Vabadussoja_Ajaloo_Komitee, lk 4
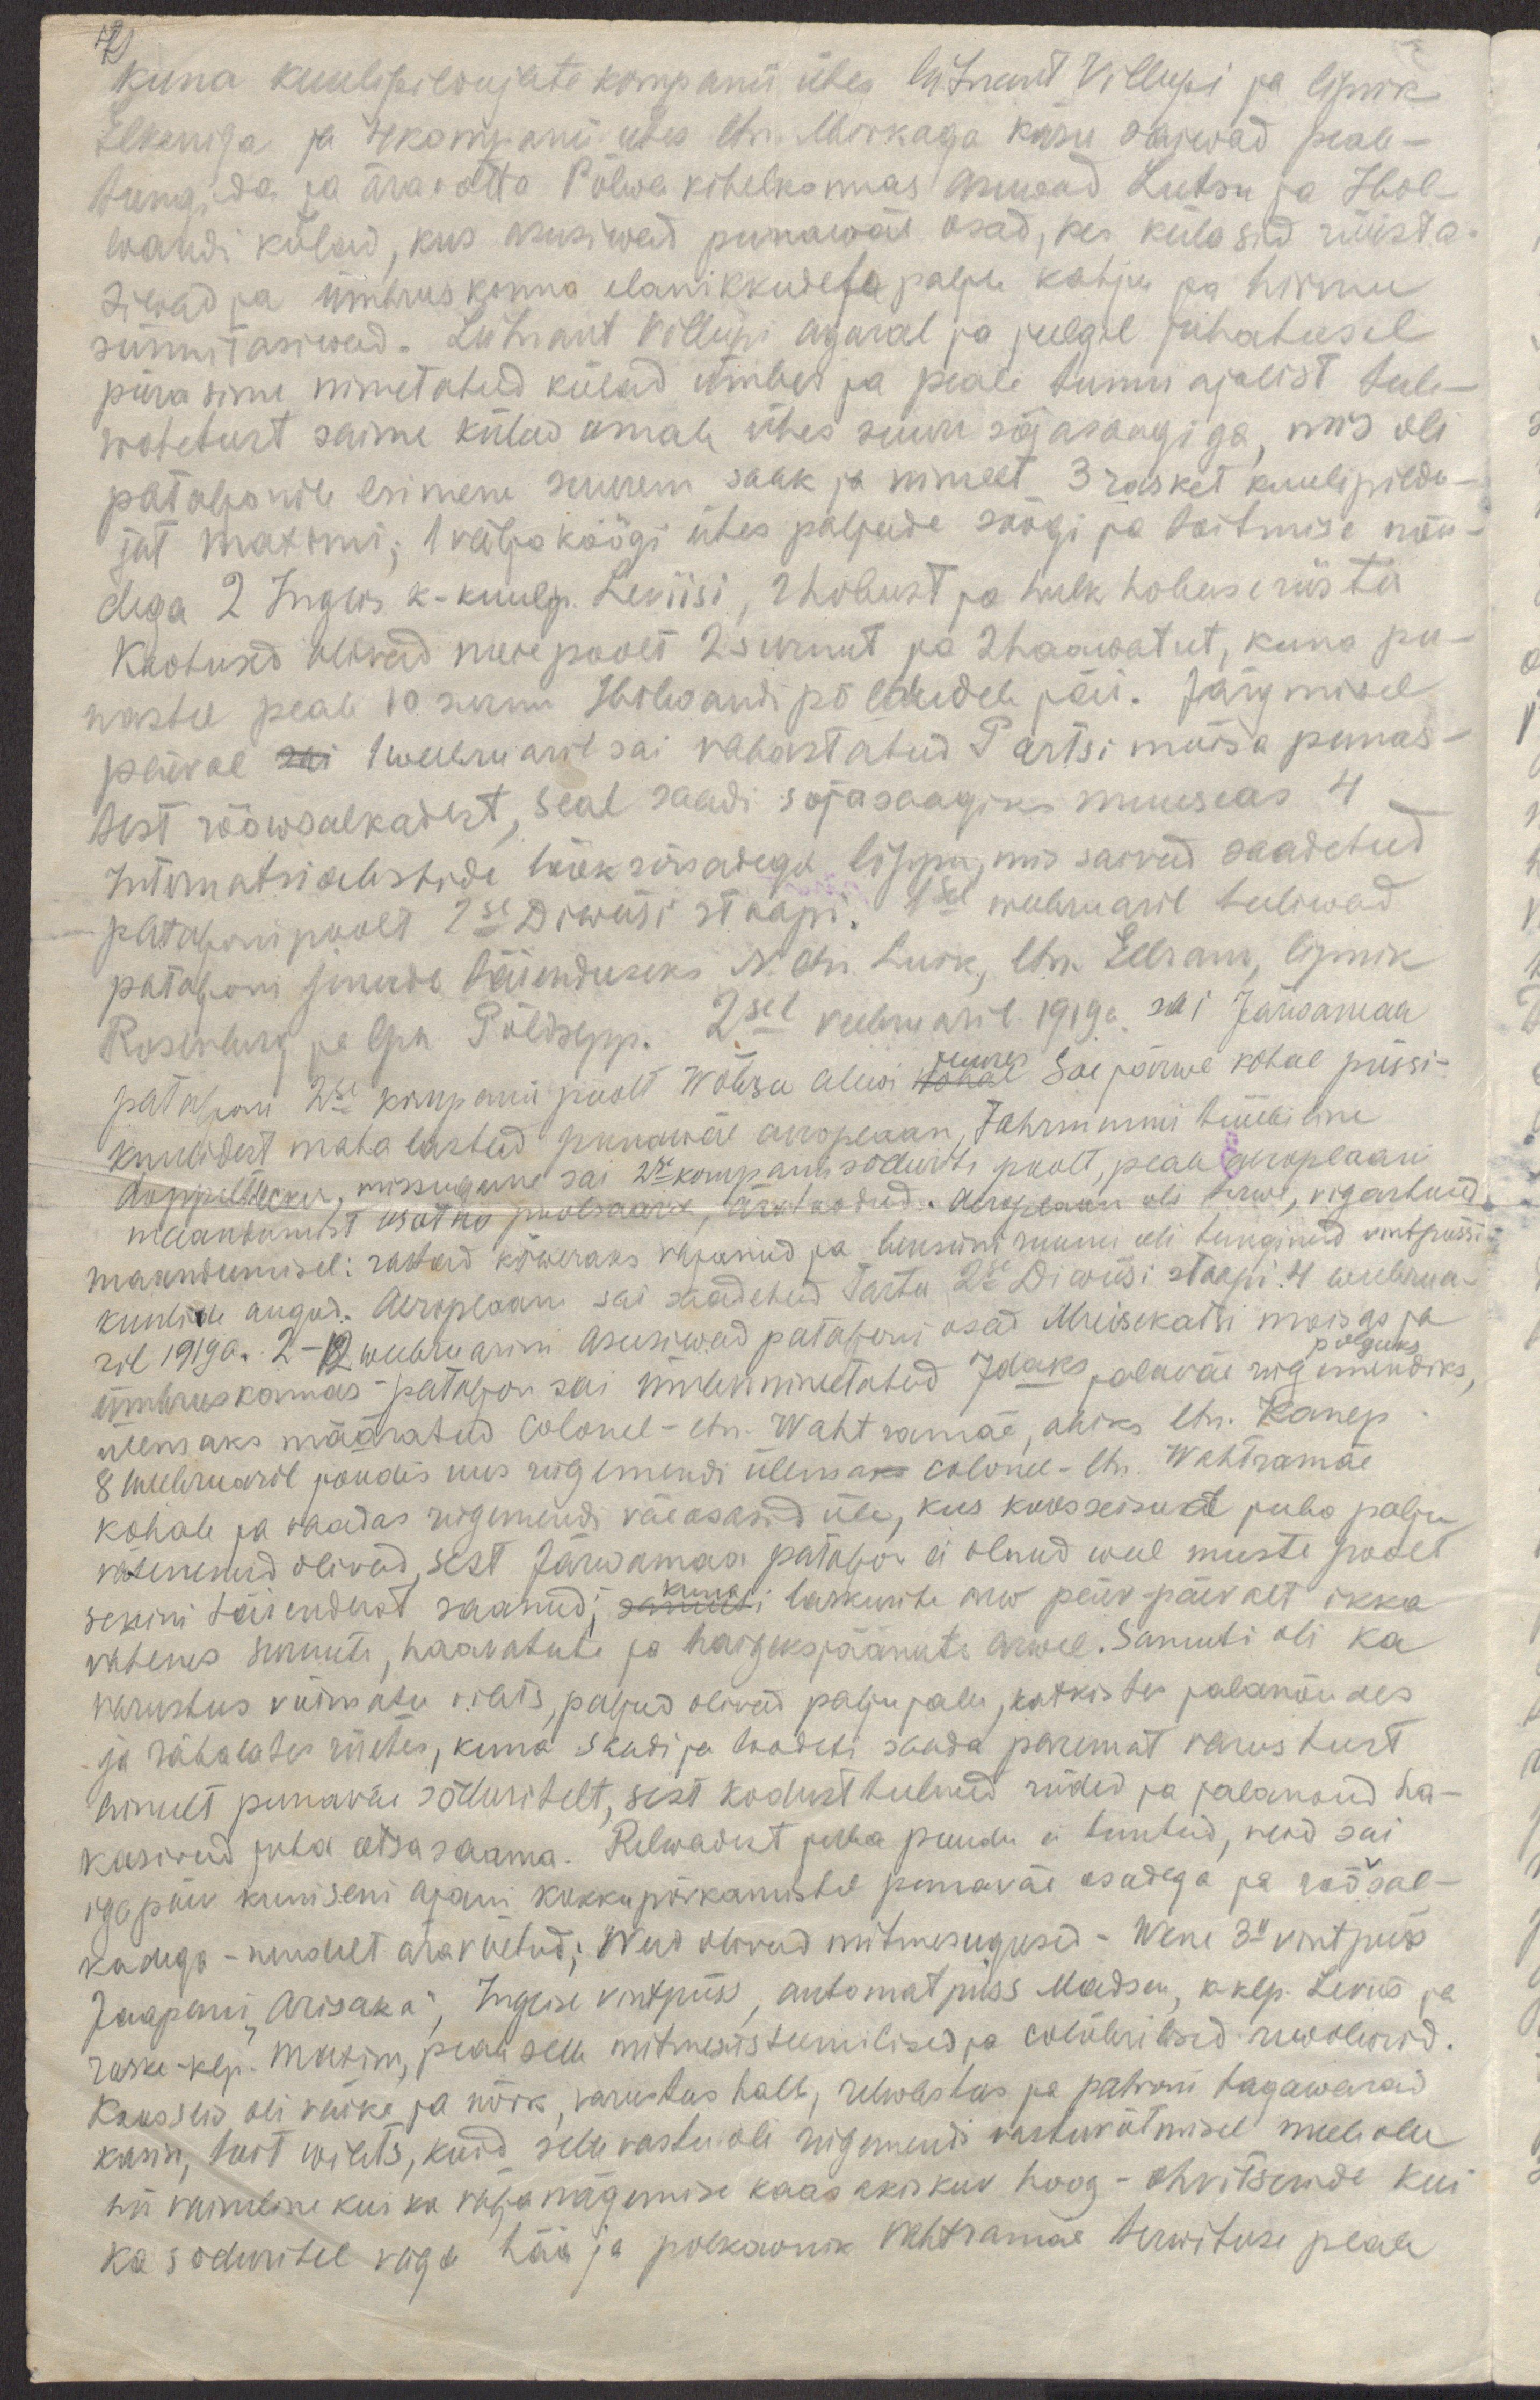
4
kuna kuulipildujate kompanii ühes leitnant Villupi ja lipnik
Elkeniga ja 4 kompanii ühes ltn. Mirkaga käsu saiwad peale-
tungida ja ära võtta Põlwa kihelkonnas asuwad Lutsu ja Hol-
wandi külad, kus asusiwad punawäe osad, kes külasid rüüsta-
siwad ja ümbruskonna elanikkudele palju kahju ja hirmu
sünnitasiwad. Leitnant Villupi agaral ja julgel juhatusel
piirasime nimetatud külad ümber ja peale tunni ajalist tule-
wahetust saime külad omale ühes suure sõjasaagiga, mis oli
pataljonile esimene suurem saak ja nimelt 3 rasket kuulipildu-
jat maximi; 1 väljaköögi ühes paljude söögi ja toitmise nõu-
dega 2 Inglis k-kuulip. Leviisi, 2 hobust ja hulk hobuse riistu
Kaotused olivad meie poolt 2 surnut ja 2 haawatut, kuna pu-
nastel peale 10 surnu Holwandi põldudele jäi. Järgmisel
paival sai 1 weebruaril sai vabastatud Partsimõisa punas-
test rööwsalkadest, seal saadi sõjasaagiks muuseas 4
Internatsialistide lööksõnadega lippu, mis saivad saadetud
pataljoni poolt 2se Diwiisi staapi. 1sel weebruaril tuliwad
pataljoni juurde täienduseks N. ltn. Luik, ltn. Ellram, lipnik
Rosenberg, ja lpn. Põldsepp. 2sel veebruaril 1919a. sai Järwamaa
juures
pataljoni 2se kompanii poolt Wõbsu alewi kohal Sai järwe kohal püssi-
kuulidest maha lastud punawäe aeroplaan, Fahrmanni tüübiline
doppeltdecker: missugune sai 2se kompanii sõdurite poolt, peale aeroplaani
maandumist usatno poolsaarel, äratoodud. Aeroplaan oli terwe, vigastused
maandumisel: rattad kõweraks vajunud ja bensiini ruumi oli tunginud vintpüssi
kuulide augud. Aeroplaan sai saadetud Tartu 2se Diwiisi staapi. 4 weebrua-
ril 1919a. 2-18 weebruarini asusiwad pataljoni osad Muisekatsi moisas ja
polguks
ümbruskonnas - pataljon sai ümbernimetatud 7daks jalawäe rügemendiks,
ülemaks määratud Colonel - ltn. Wahtramäe, abiks ltn. Kanep.
8 weebruaril jõudis uus rügemendi ülemaks colonel-ltn. Wahtramäe
kohale ja vaadas rügemendi väeosasid üle, kus koosseisud juba palju
vähenenud olivad, sest Järwamaa pataljon ei olnud weel meeste poolt
kuna
senini täiendust saanud; samuti laskurite arw päev-päevalt ikka
vähenes surnute, haavatute ja haigeksjäänute arwel. Samuti oli ka
varustus võimatu vilets, paljud oliwad paljajalu, katkistes jalanõudes
ja räbalates riietes, kuna saadi ja loodeti saada paremat varustust
ainult punaväe sõduritelt, sest kodust tulnud riided ja jalanoud ha-
kasiwad juba otsa saama. Relwadest juba puudu ei tuntud, neid sai
iga päev kuni seni ajani kokkupõrkamistel punaväe osadega ja ruššal-
kadega - nendelt äravõetud; Need olivad mitmesugused - Wene 3" vintpüss
Jaapani "Arisaka", Inglise vintpüss, automatpüss Madsen, k-klp. Leviis ja
raske-klp. Maxim, peale selle mitmesüsteemilised ja caliibrilised rewolwrid.
Koosseis oli väike ja nõrk, varustus halb, relwastus ja patroni tagawarad
kasin, toit wilets, kuid selle vastu oli rügemendi vastuvõtmisel meeleolu
nii vaimline kui ka väljanägemise kaasakiskuv hoog - ohvitseride kui
ka sõduritel väga hää ja polkownik Wahtramäe terwituse peale